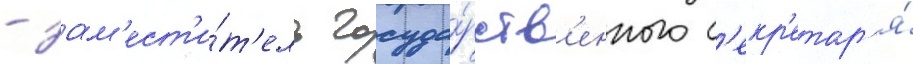
- зам'ест'и́т'ель госуда́рств'енного с'екр'етар'я́